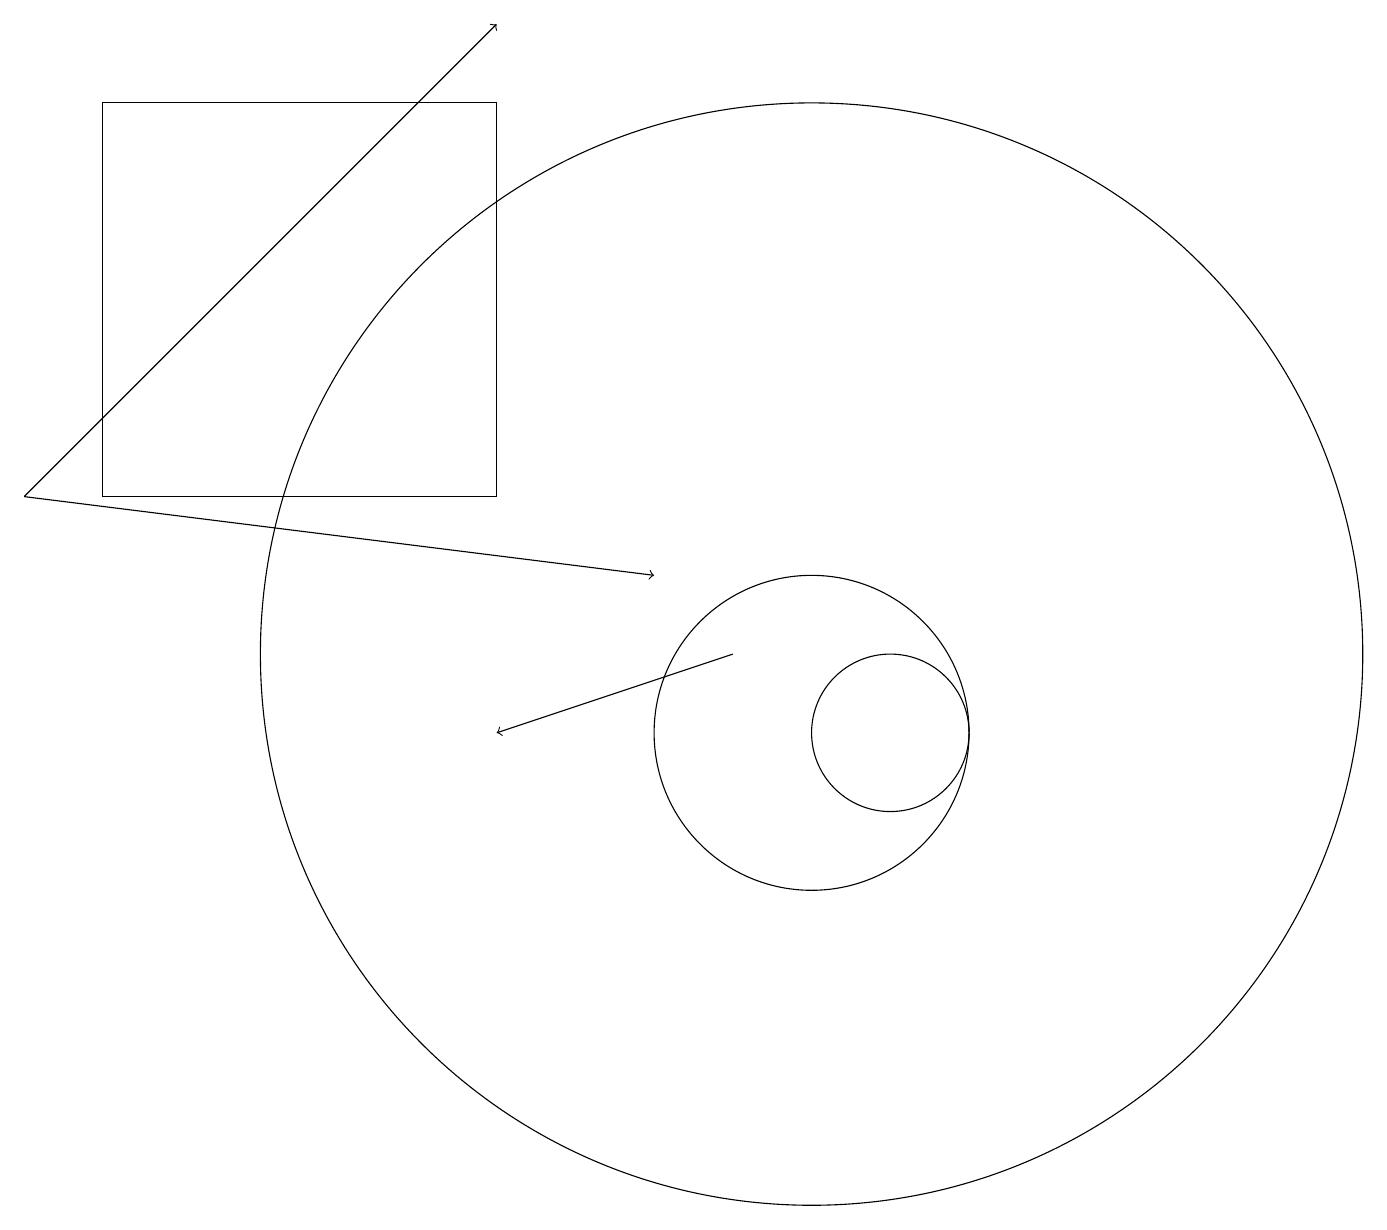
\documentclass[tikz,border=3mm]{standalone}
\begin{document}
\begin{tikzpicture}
\draw (5,13) rectangle (1,13);
\draw (1,18) rectangle (6,13);
\draw[->] (0,13) -- (6,19);
\draw (11,10) circle (1);
\draw[->] (0,13) -- (8,12);
\draw[->] (9,11) -- (6,10);
\draw (10,11) circle (7);
\draw (10,10) circle (2);
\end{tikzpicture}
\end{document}